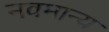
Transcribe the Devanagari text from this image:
नवमान्य